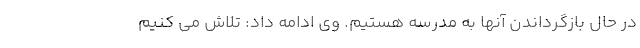
در حال بازگرداندن آنها به مدرسه هستیم. وی ادامه داد: تلاش می کنیم